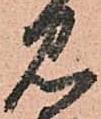
見